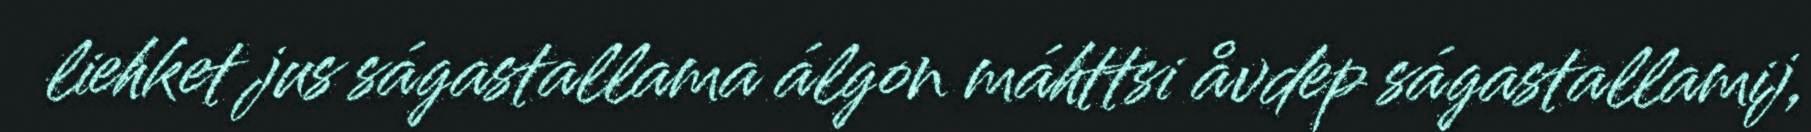
liehket jus ságastallama álgon máhttsi åvdep ságastallamij,